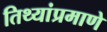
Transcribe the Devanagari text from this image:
तिथ्यांप्रमाणे